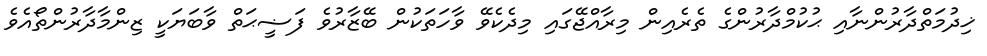
ޚިދުމަތްދާރުންނާއި ޙުކުމްދާރުންގެ ތެރެއިން މިރާއްޖޭގައި މިދެކެވޭ ވާހަތަކުން ބޭޒާރުވެ ފަޟީޙަތް ވާބަޔަކީ ޒިންމާދާރުންތޯއެވެ